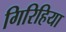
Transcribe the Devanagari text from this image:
गिरिहिया